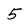
Character: 5